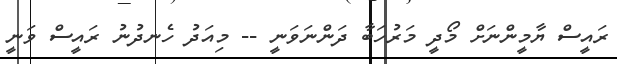
ރައީސް ޔާމީންނަށް މޯދީ މަރުހަބާ ދަންނަވަނީ -- މިއަދު ހެނދުނު ރައީސް ވަނީ